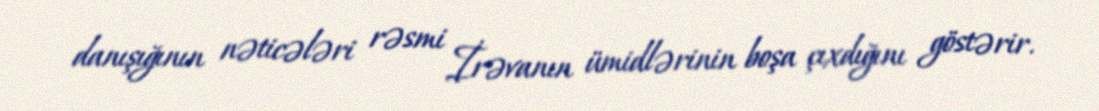
danışığının nəticələri rəsmi İrəvanın ümidlərinin boşa çıxdığını göstərir.